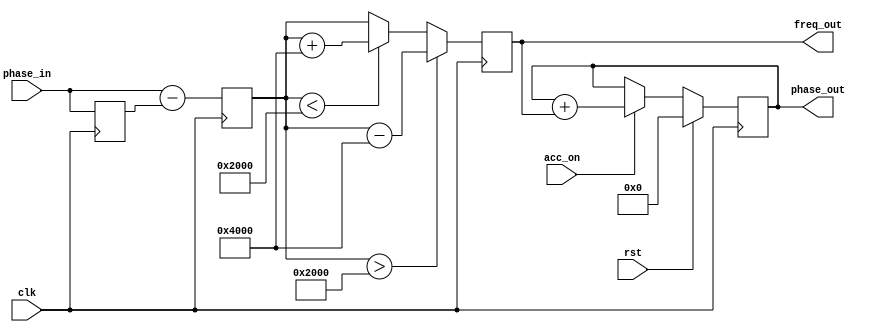
module phase_unwrapper #
(
  parameter integer DIN_WIDTH = 16,
  parameter integer DOUT_WIDTH = 32
)
(
  input  wire clk,
  input  wire acc_on,
  input  wire rst,
  input  wire signed [DIN_WIDTH-1:0] phase_in,
  output wire signed [DIN_WIDTH+1-1:0] freq_out,
  output reg signed [DOUT_WIDTH-1:0] phase_out
);
  localparam PI = 2**(DIN_WIDTH-3);
  localparam TWOPI = 2**(DIN_WIDTH-2);
  initial phase_out = 0;
  initial unwrapped_diff = 0;
  initial phase_in0 = 0;
  initial diff = 0;
  reg signed [DIN_WIDTH-1:0] phase_in0;
  reg signed [DIN_WIDTH+1-1:0] diff;
  reg signed [DIN_WIDTH+1-1:0] unwrapped_diff;
  always @(posedge clk) begin
    phase_in0 <= phase_in;
    diff <= phase_in - phase_in0;
  end
  always @(posedge clk) begin
    if (diff > PI) begin
      unwrapped_diff <= diff - TWOPI;
    end else if (diff < -PI) begin
      unwrapped_diff <= diff + TWOPI;
    end else begin
      unwrapped_diff <= diff;
    end
  end
  always @(posedge clk) begin
    if (rst) begin
      phase_out <= 0;
    end else begin
      if (acc_on) begin
        phase_out <= phase_out + unwrapped_diff;
      end else begin
        phase_out <= phase_out;
      end
    end
  end
  assign freq_out = unwrapped_diff;
endmodule